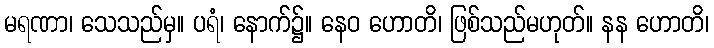
မရဏာ၊ သေသည်မှ။ ပရံ၊ နောက်၌။ နေဝ ဟောတိ၊ ဖြစ်သည်မဟုတ်။ နန ဟောတိ၊